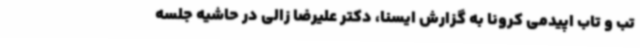
تب و تاب اپیدمی کرونا به گزارش ایسنا، دکتر علیرضا زالی در حاشیه جلسه